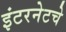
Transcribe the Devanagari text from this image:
इंटरनेटचे